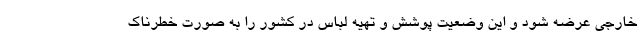
خارجی عرضه شود و این وضعیت پوشش و تهیه لباس در کشور را به صورت خطرناک